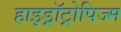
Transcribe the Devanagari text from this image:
हाइड्रॉट्रोपिज्म